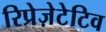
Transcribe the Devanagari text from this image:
रिप्रेज़ेटेटिव